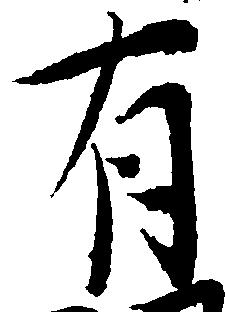
有